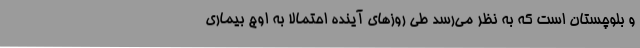
و بلوچستان است که به نظر می‌رسد طی روزهای آینده احتمالا به اوج بیماری